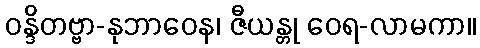
ဝန္ဒိတဗ္ဗာ-နုဘာဝေန၊ ဇီယန္တု ဝေရ-လာမကာ။